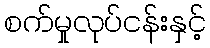
စက်မှုလုပ်ငန်းနှင့်